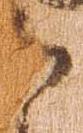
そ